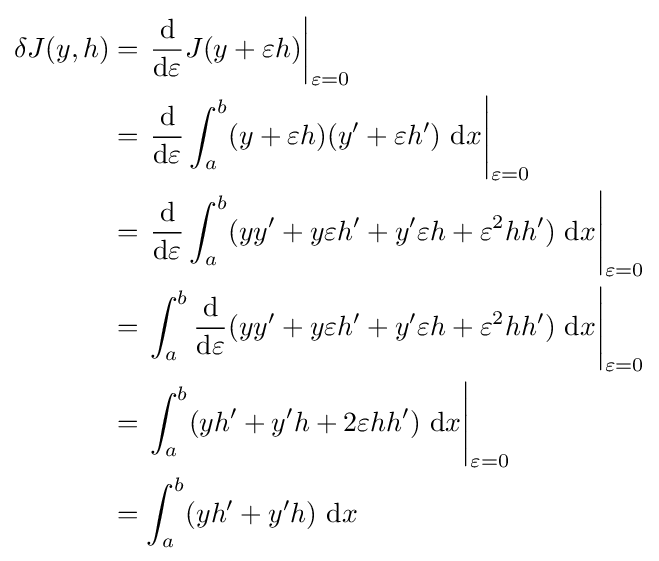
{\begin{aligned}\delta J(y,h)&=\left.{\frac {\mathrm {d} }{\mathrm {d} \varepsilon }}J(y+\varepsilon h)\right|_{\varepsilon =0}\\&=\left.{\frac {\mathrm {d} }{\mathrm {d} \varepsilon }}\int _{a}^{b}(y+\varepsilon h)(y^{\prime }+\varepsilon h^{\prime })\ \mathrm {d} x\right|_{\varepsilon =0}\\&=\left.{\frac {\mathrm {d} }{\mathrm {d} \varepsilon }}\int _{a}^{b}(yy^{\prime }+y\varepsilon h^{\prime }+y^{\prime }\varepsilon h+\varepsilon ^{2}hh^{\prime })\ \mathrm {d} x\right|_{\varepsilon =0}\\&=\left.\int _{a}^{b}{\frac {\mathrm {d} }{\mathrm {d} \varepsilon }}(yy^{\prime }+y\varepsilon h^{\prime }+y^{\prime }\varepsilon h+\varepsilon ^{2}hh^{\prime })\ \mathrm {d} x\right|_{\varepsilon =0}\\&=\left.\int _{a}^{b}(yh^{\prime }+y^{\prime }h+2\varepsilon hh^{\prime })\ \mathrm {d} x\right|_{\varepsilon =0}\\&=\int _{a}^{b}(yh^{\prime }+y^{\prime }h)\ \mathrm {d} x\\\end{aligned}}